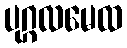
ပုဂ္ဂလမေထ